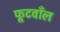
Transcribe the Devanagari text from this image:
फूटवाँल